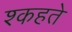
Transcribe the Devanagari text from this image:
श्कहते